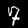
Digit: 7